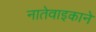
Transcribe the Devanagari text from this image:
नातेवाइकाने